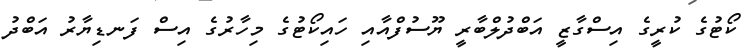
ކޯޓުގެ ކުރީގެ އިސްގާޒީ އަބްދުލްބާރީ ޔޫސުފްއާއި ހައިކޯޓުގެ މިހާރުގެ އިސް ފަނޑިޔާރު އަބްދު